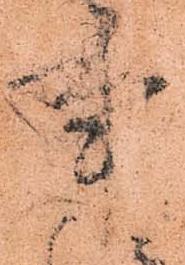
事